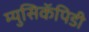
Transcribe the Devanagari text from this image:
म्युसिकॅपिडी